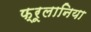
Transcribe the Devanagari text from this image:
फ्रूलानिया